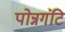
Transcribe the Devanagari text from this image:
पोन्नगंटि